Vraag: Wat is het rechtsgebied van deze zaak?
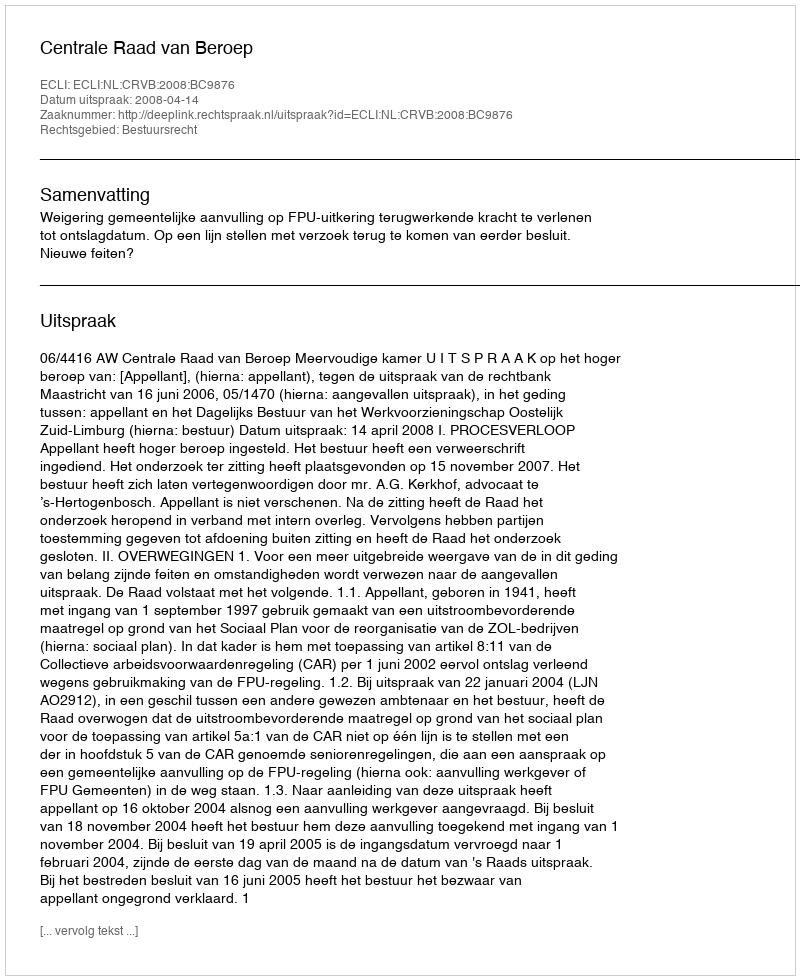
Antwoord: Bestuursrecht